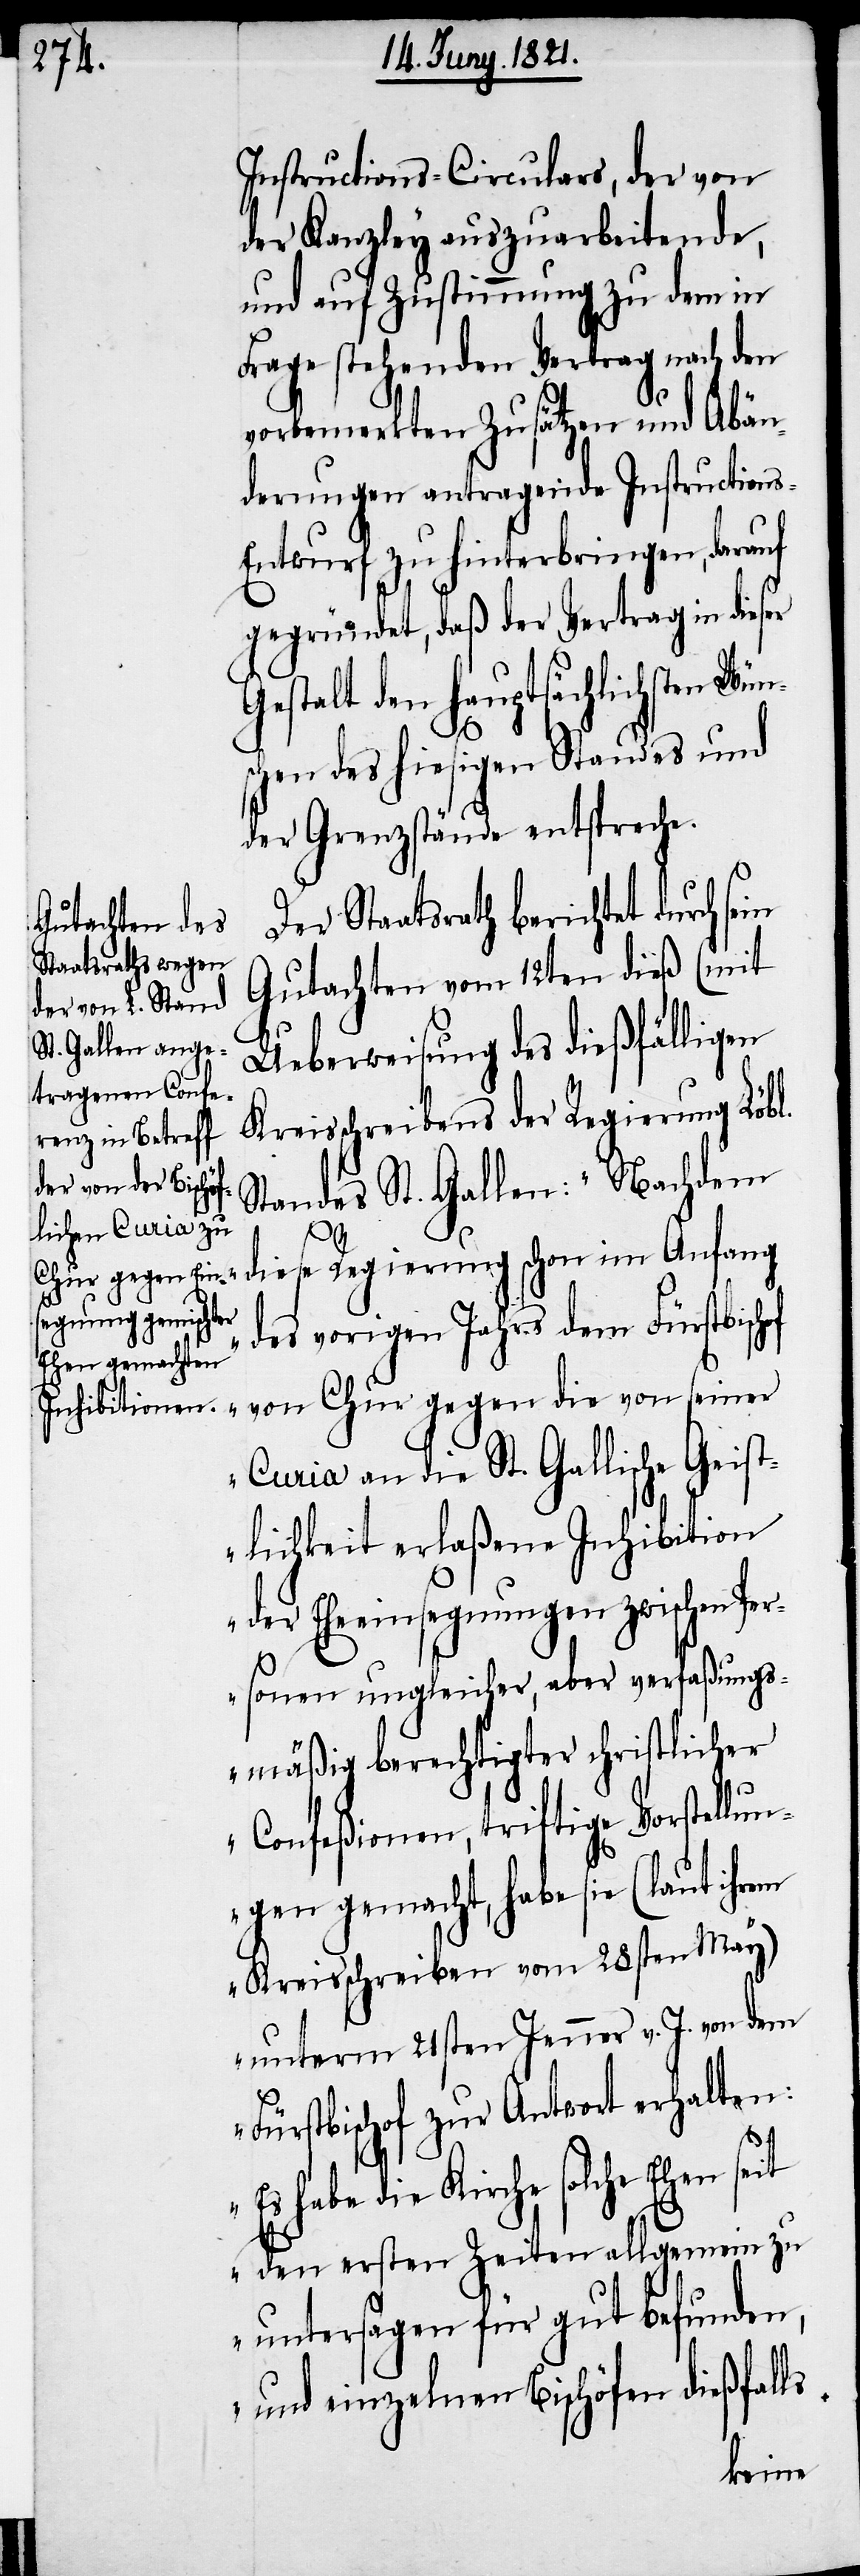
Instructions-Circulars, der von
der Kanzley auszuarbeitende,
und auf Zustimmung zu dem in
Frage stehenden Vertrag nach den
vorbemerkten Zusätzen und Abän¬
derungen antragende Instruction¬
ntwurf zu hinterbringen, darauf
gegründet, daß der Vertrag in dieser
Gestalt den hauptsächlichsten Wün¬
schen des hiesigen Standes und
der Grenzstände entspreche.
Der Staatsrath berichtet durch se¬
Gutachten vom 12ten dieß (mit
Ueberweisung des dießfälligen
Kreisschreiben der Regierung Löbl.
Standes St. Gallen[)]: „Nachdem
seit
diese Regierung schon im Anfang
des vorigen Jahrs dem Fürstbisch¬
von Chur gegen die von seiner
Curia an die St. Gallische Geist¬
lichkeit erlaßenen Inhibition
der Eheeinsegnungen zwischen Per¬
sonen ungleicher, aber verfaßungs¬
mäßig berechtigter christlicher
Confeßionen, triftige Vorstell¬
ungen gemacht, habe sie (laut ihrem
Kreisschreiben vom 28sten May)
unterm 21sten Jenner v. J. von dem
Fürstbischof zur Antwort erhalten:
Es habe die Kirche solche
den ersten Zeiten allgemein zu
untersagen für gut befunden,
und einzelnen Bischöfen dießfalls